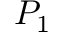
P _ { 1 }